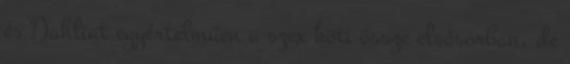
és Dahliat egyértelműen a szex köti össze elsősorban, de